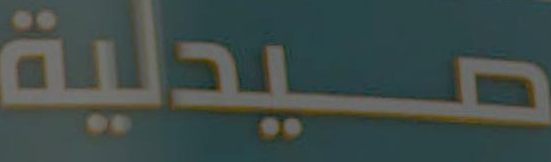
صيدلية